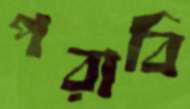
পরাবি